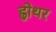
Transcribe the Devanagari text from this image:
ह्वोथर